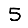
Digit: 5